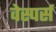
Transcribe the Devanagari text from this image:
वेस्पर्स